Note on the mental hospitals in Burma - 1925-1940
Year: 1925
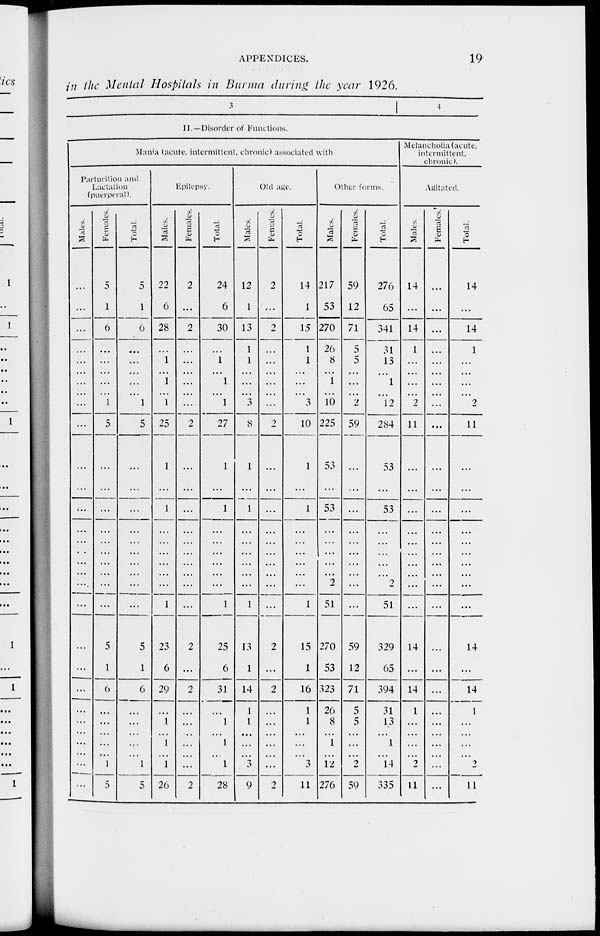
APPENDICES.
19
in the Mental Hospitals in Burma during the year 1926.
3
4
II.—Disorder of Functions.
Mania (acute, intermittent, chronic) associated with
Parturition and
Lactation
(puerperal).
Males.
...
...
...
...
...
...
...
...
...
...
...
...
...
...
...
...
...
...
...
...
...
...
...
...
...
...
...
...
...
...
Females.
5
1
6
...
...
...
...
...
1
5
...
...
...
...
...
...
...
...
...
...
5
1
6
...
...
...
...
...
1
5
Total.
5
1
6
...
...
...
...
...
1
5
...
...
...
...
...
...
...
...
...
...
5
1
6
...
...
...
...
...
1
5
Epilepsy.
Males.
22
6
28
...
1
...
1
...
1
25
1
...
1
...
...
...
...
...
...
1
23
6
29
...
1
...
1
...
1
26
Females.
2
...
2
...
...
...
...
...
...
2
...
...
...
...
...
...
...
...
...
...
2
...
2
...
...
...
...
...
...
2
Total.
24
6
30
...
1
...
1
...
1
27
1
...
1
...
...
...
...
...
...
1
25
6
31
...
1
...
1
...
1
28
Old age.
Males.
12
1
13
1
1
...
...
...
3
8
1
...
1
...
...
...
...
...
...
1
13
1
14
1
1
...
...
...
3
9
Females.
2
...
2
...
...
...
...
...
...
2
...
...
...
...
...
...
...
...
...
...
2
...
2
...
...
...
...
...
...
2
Total.
14
1
15
1
1
...
...
...
3
10
1
...
1
...
...
...
...
...
...
1
15
1
16
1
1
...
...
...
3
11
Other forms.
Males.
217
53
270
26
8
...
1
...
10
225
53
...
53
...
...
...
...
...
2
51
270
53
323
26
8
...
1
...
12
276
Females.
59
12
71
5
5
...
...
...
2
59
...
...
...
...
...
...
...
...
...
...
59
12
71
5
5
...
...
...
2
59
Total.
276
65
341
31
13
...
1
...
12
284
53
...
53
...
...
...
...
...
2
51
329
65
394
31
13
...
1
...
14
335
Melancholia (acute,
intermittent.
chronic).
Agitated.
Males.
14
...
14
1
...
...
...
...
2
11
...
...
...
...
...
...
...
...
...
...
14
...
14
1
...
...
...
...
2
11
Females.
...
...
...
...
...
...
...
...
...
...
...
...
...
...
...
...
...
...
...
...
...
...
...
...
...
...
...
...
...
...
Total.
14
...
14
1
...
...
...
...
2
11
...
...
...
...
...
...
...
...
...
...
14
...
14
1
...
...
...
...
2
11